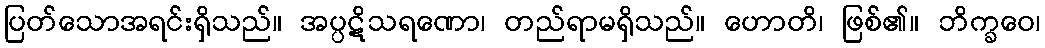
ပြတ်သောအရင်းရှိသည်။ အပ္ပဋိသရဏော၊ တည်ရာမရှိသည်။ ဟောတိ၊ ဖြစ်၏။ ဘိက္ခဝေ၊